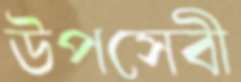
উপসেবী